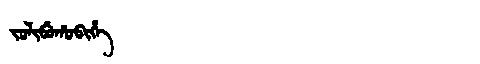
Manchu: ᠵᠣᠯᡳᠪᡠᡥᠣᠪᡳᡥᡝ
Romanization: JOLIBUHOBIHE